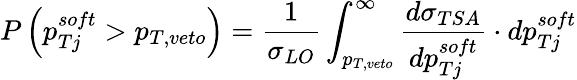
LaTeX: P\left(p_{Tj}^{soft}>p_{T,veto}\right)={\frac{1}{\sigma_{LO}}}\int_{p_{T,veto}}^{\infty}{\frac{d\sigma_{TSA}}{dp_{Tj}^{soft}}}\cdot dp_{Tj}^{soft}